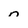
Character: n